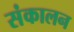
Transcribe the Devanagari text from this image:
संकालन